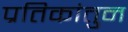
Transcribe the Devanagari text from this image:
प्रतिकांतुन